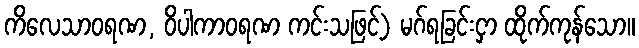
ကိလေသာဝရဏ, ဝိပါကာဝရဏ ကင်းသဖြင့်) မဂ်ရခြင်းငှာ ထိုက်ကုန်သော။